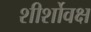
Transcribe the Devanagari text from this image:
शीर्शोवक्ष